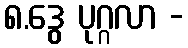
၈.ဒွေ ပုဂ္ဂလာ -